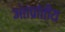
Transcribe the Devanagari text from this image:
अंतर्प्रातीय